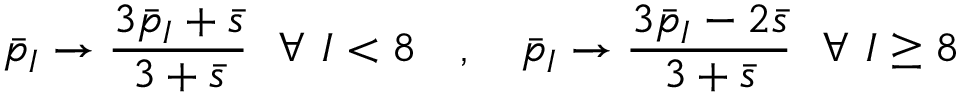
\bar { p } _ { I } \to { \frac { 3 \bar { p } _ { I } + \bar { s } } { 3 + \bar { s } } } \ \ \forall \ I < 8 \quad , \quad \bar { p } _ { I } \to { \frac { 3 \bar { p } _ { I } - 2 \bar { s } } { 3 + \bar { s } } } \ \ \forall \ I \geq 8